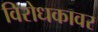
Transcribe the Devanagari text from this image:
विरोधकावर